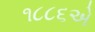
૧૮૮૬એ